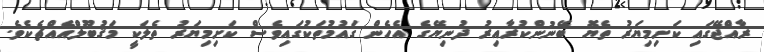
ރާއްޖޭގައި ކަށިމިޔަރު ތެޔޮ ބޭނުންކުރާއިރު ދުނިޔޭގެ އެހެން ގައުމުތަކުގައިވެސް ކަށިމިޔަރު ތެލަކީ މަޤުބޫލްއެއްޗެކެވެ.